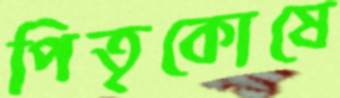
পিতৃকোষে